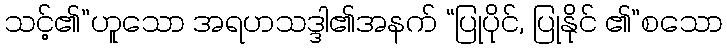
သင့်၏”ဟူသော အရဟသဒ္ဒါ၏အနက် “ပြုပိုင်, ပြုနိုင် ၏”စသော